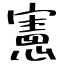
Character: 憲